Lunatic asylums in Bengal annual reports 1888-1898 - 1888-1898
Year: 1888
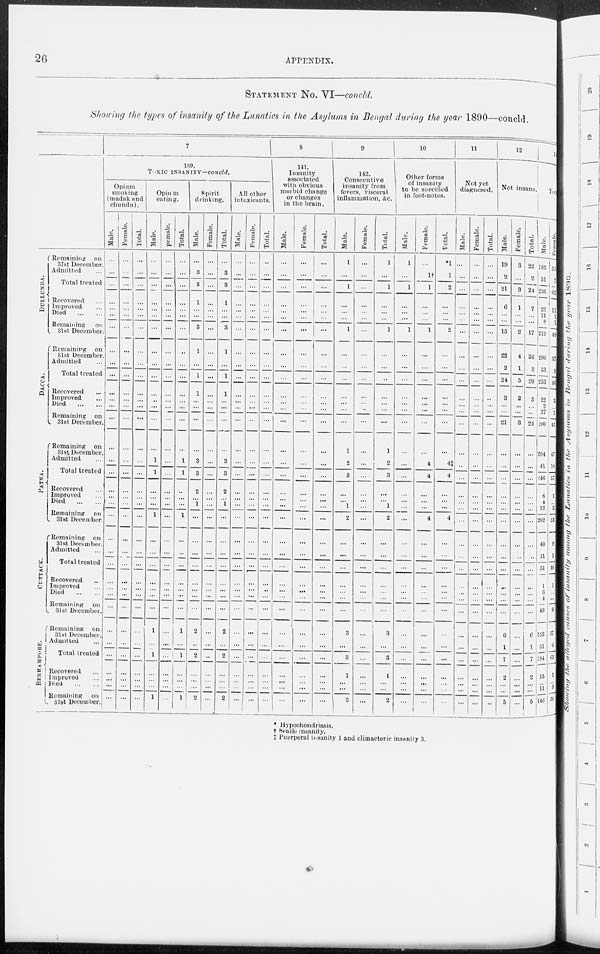
26
APPENDIX.
STATEMENT No. VI—concld.
Showing the types of insanity of the Lunatics in the Asylums in Bengal during the year 1890—concld.
DULLUNDA.
DACCA.
PATNA.
CUTTACK.
BERHAMPORE.
Remaining on
31st December.
Admitted
...
Total treated
Recovered ...
Improved ...
Died
...
...
Remaining
on
31st December.
Remaining on
31st December.
Admitted ...
Total treated ...
Recovered ...
Improved ...
Died
...
...
Remaining on
31st December.
Remaining on
31st December.
Admitted ...
Total treated
Recovered ...
Improved ...
Died
...
...
Remaining on
31st December.
Remaining on
31st December.
Admitted ...
Total treated
Recovered ...
Improved ...
Died
...
...
Remaining on
31st December.
Remaining on
31st December.
Admitted ...
Total treated
Recovered ...
Improved ...
Died
...
...
Remaining on
31st December.
7
139.
TOXIC INSANITY—concld.
Opium
smoking
(madak and
chundu).
Male.
...
...
...
...
...
...
...
...
...
...
...
...
...
...
...
...
...
...
...
...
...
...
...
...
...
...
...
...
...
...
...
...
...
...
...
Female.
...
...
...
...
...
...
...
...
...
...
...
...
...
...
...
...
...
...
...
...
...
...
...
...
...
...
...
...
...
...
...
...
...
...
...
Total.
...
...
...
...
...
...
...
...
...
...
...
...
...
...
...
...
...
...
...
...
...
...
...
...
...
...
...
...
...
...
...
...
...
...
...
Opium
eating.
Male.
...
...
...
...
...
...
...
...
...
...
...
...
...
...
...
1
1
...
...
...
1
...
...
...
...
...
...
...
1
...
1
...
...
...
1
Female.
...
...
...
...
...
...
...
...
...
...
...
...
...
...
...
...
...
...
...
...
...
...
...
...
...
...
...
...
...
...
...
...
...
...
...
Total.
...
...
...
...
...
...
...
...
...
...
...
...
...
...
...
1
1
...
...
...
1
...
...
...
...
...
...
...
1
...
1
...
...
...
1
Spirit
drinking.
Male.
...
3
3
1
...
...
3
1
...
1
1
...
...
...
...
3
3
2
...
1
...
...
...
...
...
...
...
...
2
...
2
...
...
...
2
Female.
...
...
...
...
...
...
...
...
...
...
...
...
...
...
...
...
...
...
...
...
...
...
...
...
...
...
...
...
...
...
...
...
...
...
...
Total.
...
3
3
1
...
...
3
1
...
1
1
...
...
...
...
3
3
2
...
1
...
...
...
...
...
...
...
...
2
...
2
...
...
...
2
All other
intoxicants.
Male.
...
...
...
...
...
...
...
...
...
...
...
...
...
...
...
...
...
...
...
...
...
...
...
...
...
...
...
...
...
...
...
...
...
...
...
Female.
...
...
...
...
...
...
...
...
...
...
...
...
...
...
...
...
...
...
...
...
...
...
...
...
...
...
...
...
...
...
...
...
...
...
...
Total.
...
...
...
...
...
...
...
...
...
...
...
...
...
...
...
...
...
...
...
...
...
...
...
...
...
...
...
...
...
...
...
...
...
...
...
8
141.
Insanity
associated
with obvious
morbid change
or changes
in the brain.
Male.
...
...
...
...
...
...
...
...
...
...
...
...
...
...
...
...
...
...
...
...
...
...
...
...
...
...
...
...
...
...
...
...
...
...
...
Female.
...
...
...
...
...
...
...
...
...
...
...
...
...
...
...
...
...
...
...
...
...
...
...
...
...
...
...
...
...
...
...
...
...
...
...
Total.
...
...
...
...
...
...
...
...
...
...
...
...
...
...
...
...
...
...
...
...
...
...
...
...
...
...
...
...
...
...
...
...
...
...
...
9
142.
Consecutive
insanity from
fevers, visceral
inflammation, &c.
Male.
1
...
1
...
...
...
1
...
...
...
...
...
...
...
1
2
3
...
...
1
2
...
...
...
...
...
...
...
3
...
3
1
...
...
2
Female.
...
...
...
...
...
...
...
...
...
...
...
...
...
...
...
...
...
...
...
...
...
...
...
...
...
...
...
...
...
...
...
...
...
...
...
Total.
1
...
1
...
...
...
1
...
...
...
...
...
...
...
1
2
3
...
...
1
2
...
...
...
...
...
...
...
3
...
3
1
...
...
2
10
Other forms
of insanity
to be specified
in foot-notes.
Male.
1
...
1
...
...
...
1
...
...
...
...
...
...
...
...
...
...
...
...
...
...
...
...
...
...
...
...
...
...
...
...
...
...
...
...
Female.
...
1†
1
...
...
...
1
...
...
...
...
...
...
...
...
4
4
...
...
...
4
...
...
...
...
...
...
...
...
...
...
...
...
...
...
Total.
*1
1
2
...
...
...
2
...
...
...
...
...
...
...
...
4‡
4
...
...
...
4
...
...
...
...
...
...
...
...
...
...
...
...
...
...
11
Not yet
diagnosed.
Male.
...
...
...
...
...
...
...
...
...
...
...
...
...
...
...
...
...
...
...
...
...
...
...
...
...
...
...
...
...
...
...
...
...
...
...
Female.
...
...
...
...
...
...
...
...
...
...
...
...
...
...
...
...
...
...
...
...
...
...
...
...
...
...
...
...
...
...
...
...
...
...
...
Total.
...
...
...
...
...
...
...
...
...
...
...
...
...
...
...
...
...
...
...
...
...
...
...
...
...
...
...
...
...
...
...
...
...
...
...
12
Not insane.
Male.
19
2
21
6
...
...
15
22
2
24
3
...
...
21
...
...
...
...
...
...
...
...
...
...
...
...
...
...
6
1
7
2
...
...
5
Female.
3
...
3
1
...
...
2
4
1
5
2
...
...
3
...
...
...
...
...
...
...
...
...
...
...
...
...
...
...
...
...
...
...
...
...
Total.
22
2
24
7
...
...
17
26
3
29
5
...
...
24
...
...
...
...
...
...
...
...
...
...
...
...
...
...
6
1
7
2
...
...
5
13
Total.
Male.
185
51
236
23
11
8
219
200
53
253
22
2
27
200
204
42
246
8
4
12
202
40
11
51
1
3
4
43
153
31
184
15
...
11
146
Female.
55
7
62
11
1
1
48
37
9
46
3
...
1
42
47
10
57
1
...
3
53
9
1
10
1
...
...
9
57
6
63
1
...
3
59
* Hypochondriasis.
† Senile insanity.
‡ Puerperal insanity 1 and climacteric insanity 3.